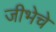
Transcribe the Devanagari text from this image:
जीभेचे